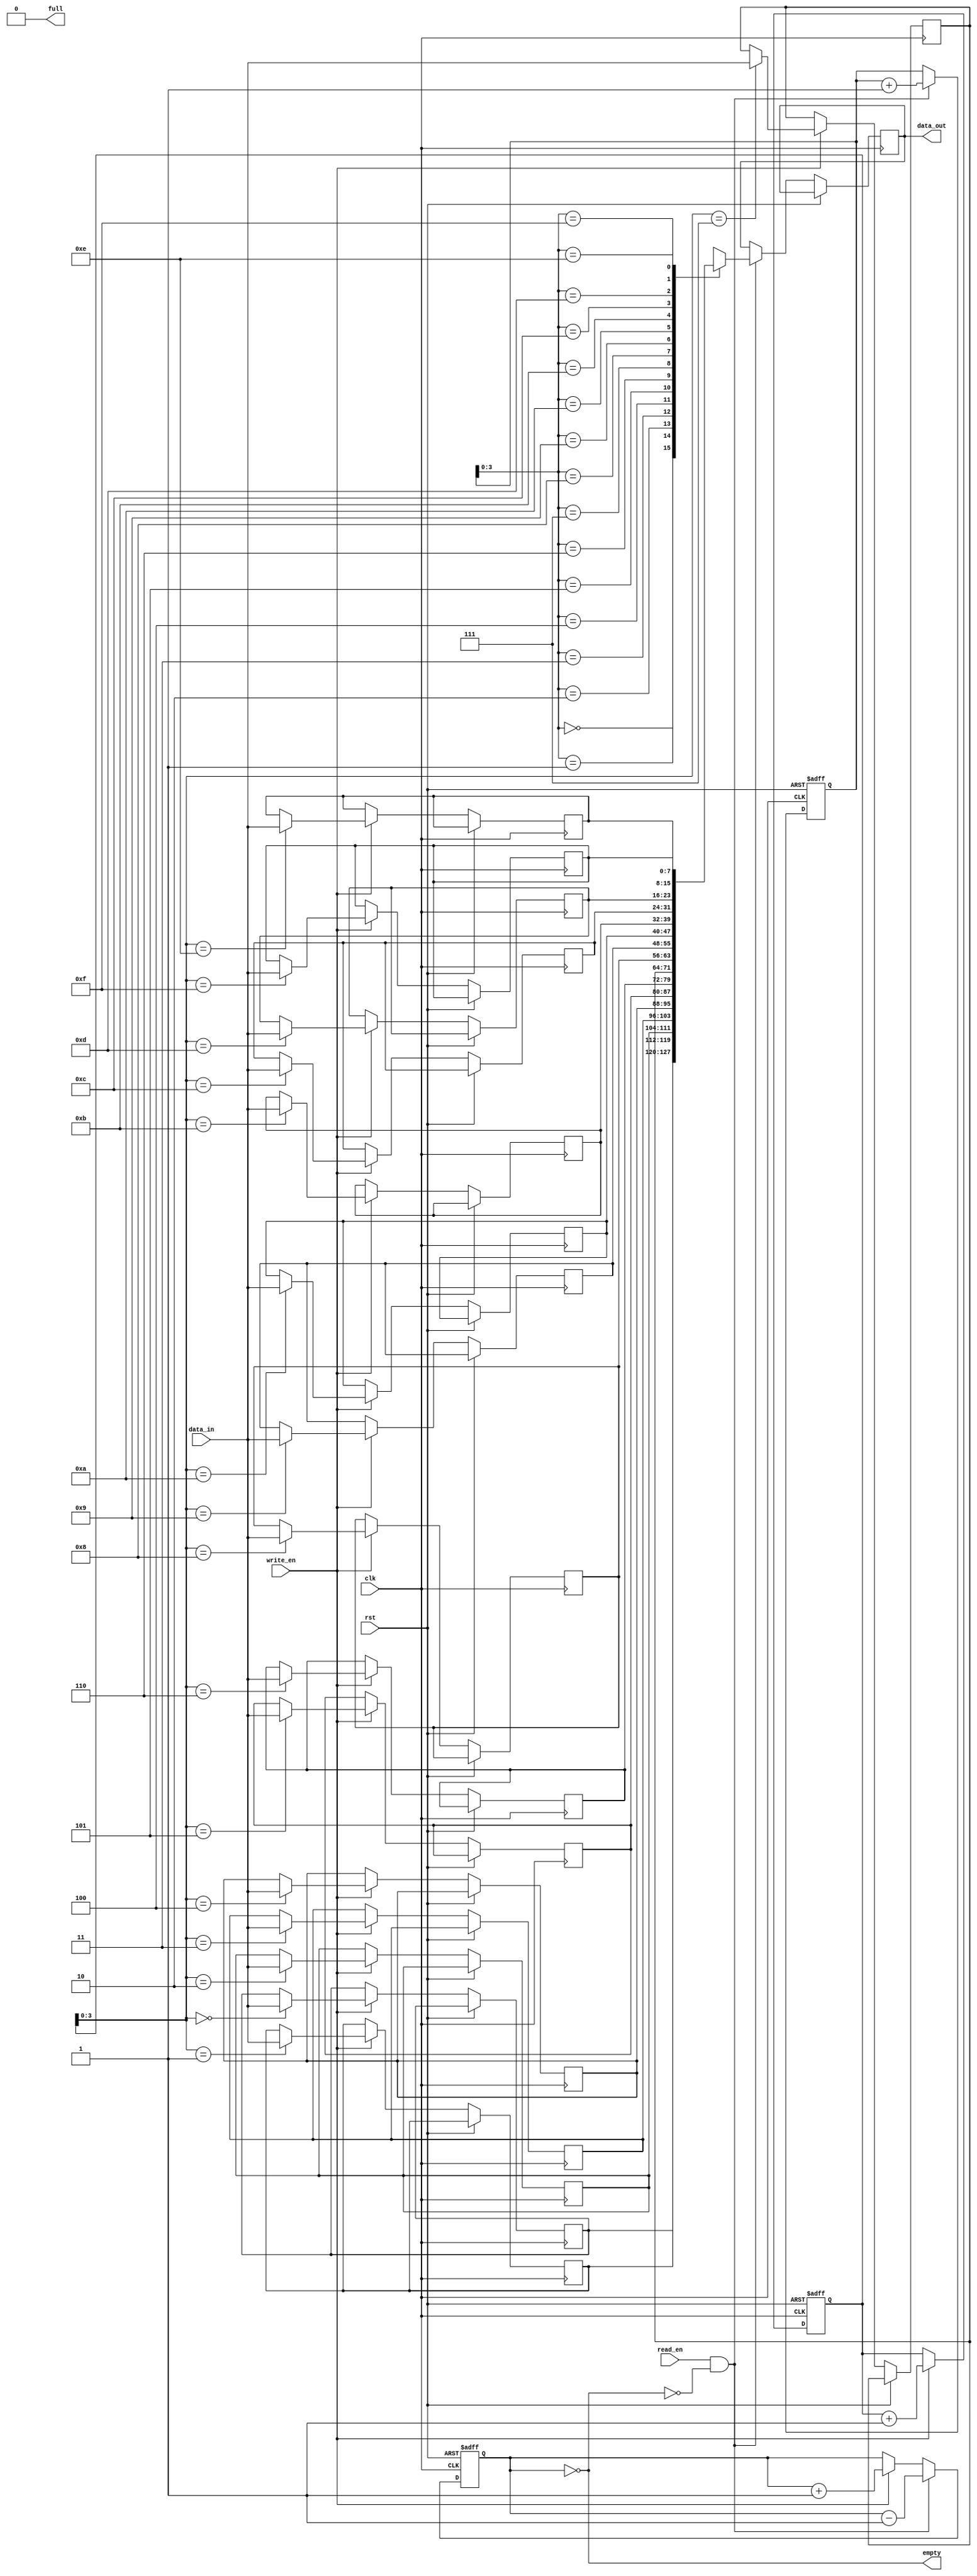
module fifo_buffer (
  input wire clk,
  input wire rst,
  input wire write_en,
  input wire read_en,
  input wire [7:0] data_in,
  output wire [7:0] data_out,
  output wire empty,
  output wire full
);

parameter DEPTH = 16; // Depth of the FIFO buffer
parameter WIDTH = 8; // Width of each data element

reg [WIDTH-1:0] mem [0:DEPTH-1];
reg [WIDTH-1:0] read_pointer = 0;
reg [WIDTH-1:0] write_pointer = 0;
reg [1:0] count = 0;

always @ (posedge clk or posedge rst)
begin
  if (rst)
  begin
    read_pointer <= 0;
    write_pointer <= 0;
    count <= 0;
  end
  else
  begin
    if (write_en && ~full)
    begin
      mem[write_pointer] <= data_in;
      write_pointer <= write_pointer + 1;
      count <= count + 1;
    end

    if (read_en && ~empty)
    begin
      data_out <= mem[read_pointer];
      read_pointer <= read_pointer + 1;
      count <= count - 1;
    end
  end
end

assign empty = (count == 0);
assign full = (count == DEPTH);

endmodule